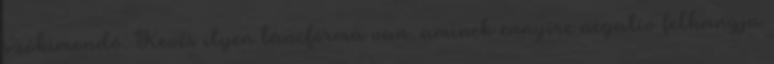
szókimondó. Kevés ilyen táncforma van, aminek ennyire negatív felhangja